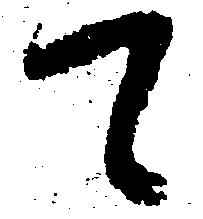
て